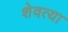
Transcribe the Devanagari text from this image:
शेवत्या